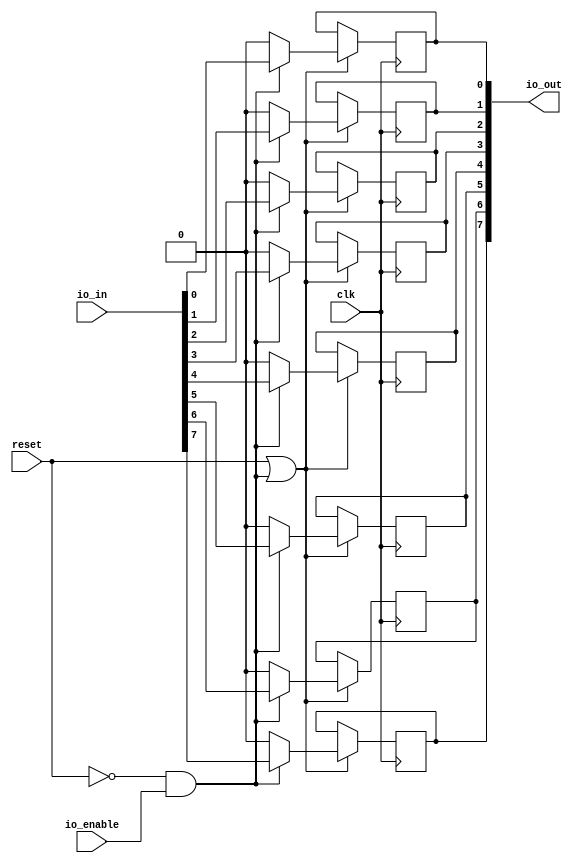
module ShiftRegister8(input clk, input reset,
    input [7:0] io_in,
    input  io_enable,
    output[7:0] io_out
);

  wire[7:0] T0;
  reg[0:0] r0;
  wire T1;
  wire T2;
  wire T3;
  wire T4;
  wire T5;
  wire[6:0] T6;
  reg[0:0] r1;
  wire T7;
  wire T8;
  wire T9;
  wire[5:0] T10;
  reg[0:0] r2;
  wire T11;
  wire T12;
  wire T13;
  wire[4:0] T14;
  reg[0:0] r3;
  wire T15;
  wire T16;
  wire T17;
  wire[3:0] T18;
  reg[0:0] r4;
  wire T19;
  wire T20;
  wire T21;
  wire[2:0] T22;
  reg[0:0] r5;
  wire T23;
  wire T24;
  wire T25;
  wire[1:0] T26;
  reg[0:0] r6;
  wire T27;
  wire T28;
  wire T29;
  reg[0:0] r7;
  wire T30;
  wire T31;
  wire T32;

`ifndef SYNTHESIS
  integer initvar;
  initial begin
    #0.002;
    r0 = {1{$random}};
    r1 = {1{$random}};
    r2 = {1{$random}};
    r3 = {1{$random}};
    r4 = {1{$random}};
    r5 = {1{$random}};
    r6 = {1{$random}};
    r7 = {1{$random}};
  end
`endif

  assign io_out = T0;
  assign T0 = {T6, r0};
  assign T1 = reset | T2;
  assign T2 = T3 & io_enable;
  assign T3 = reset == 1'h0;
  assign T4 = T2 ? T5 : 1'h0;
  assign T5 = io_in[1'h0:1'h0];
  assign T6 = {T10, r1};
  assign T7 = reset | T2;
  assign T8 = T2 ? T9 : 1'h0;
  assign T9 = io_in[1'h1:1'h1];
  assign T10 = {T14, r2};
  assign T11 = reset | T2;
  assign T12 = T2 ? T13 : 1'h0;
  assign T13 = io_in[2'h2:2'h2];
  assign T14 = {T18, r3};
  assign T15 = reset | T2;
  assign T16 = T2 ? T17 : 1'h0;
  assign T17 = io_in[2'h3:2'h3];
  assign T18 = {T22, r4};
  assign T19 = reset | T2;
  assign T20 = T2 ? T21 : 1'h0;
  assign T21 = io_in[3'h4:3'h4];
  assign T22 = {T26, r5};
  assign T23 = reset | T2;
  assign T24 = T2 ? T25 : 1'h0;
  assign T25 = io_in[3'h5:3'h5];
  assign T26 = {r7, r6};
  assign T27 = reset | T2;
  assign T28 = T2 ? T29 : 1'h0;
  assign T29 = io_in[3'h6:3'h6];
  assign T30 = reset | T2;
  assign T31 = T2 ? T32 : 1'h0;
  assign T32 = io_in[3'h7:3'h7];

  always @(posedge clk) begin
    if(T1) begin
      r0 <= T4;
    end
    if(T7) begin
      r1 <= T8;
    end
    if(T11) begin
      r2 <= T12;
    end
    if(T15) begin
      r3 <= T16;
    end
    if(T19) begin
      r4 <= T20;
    end
    if(T23) begin
      r5 <= T24;
    end
    if(T27) begin
      r6 <= T28;
    end
    if(T30) begin
      r7 <= T31;
    end
  end
endmodule